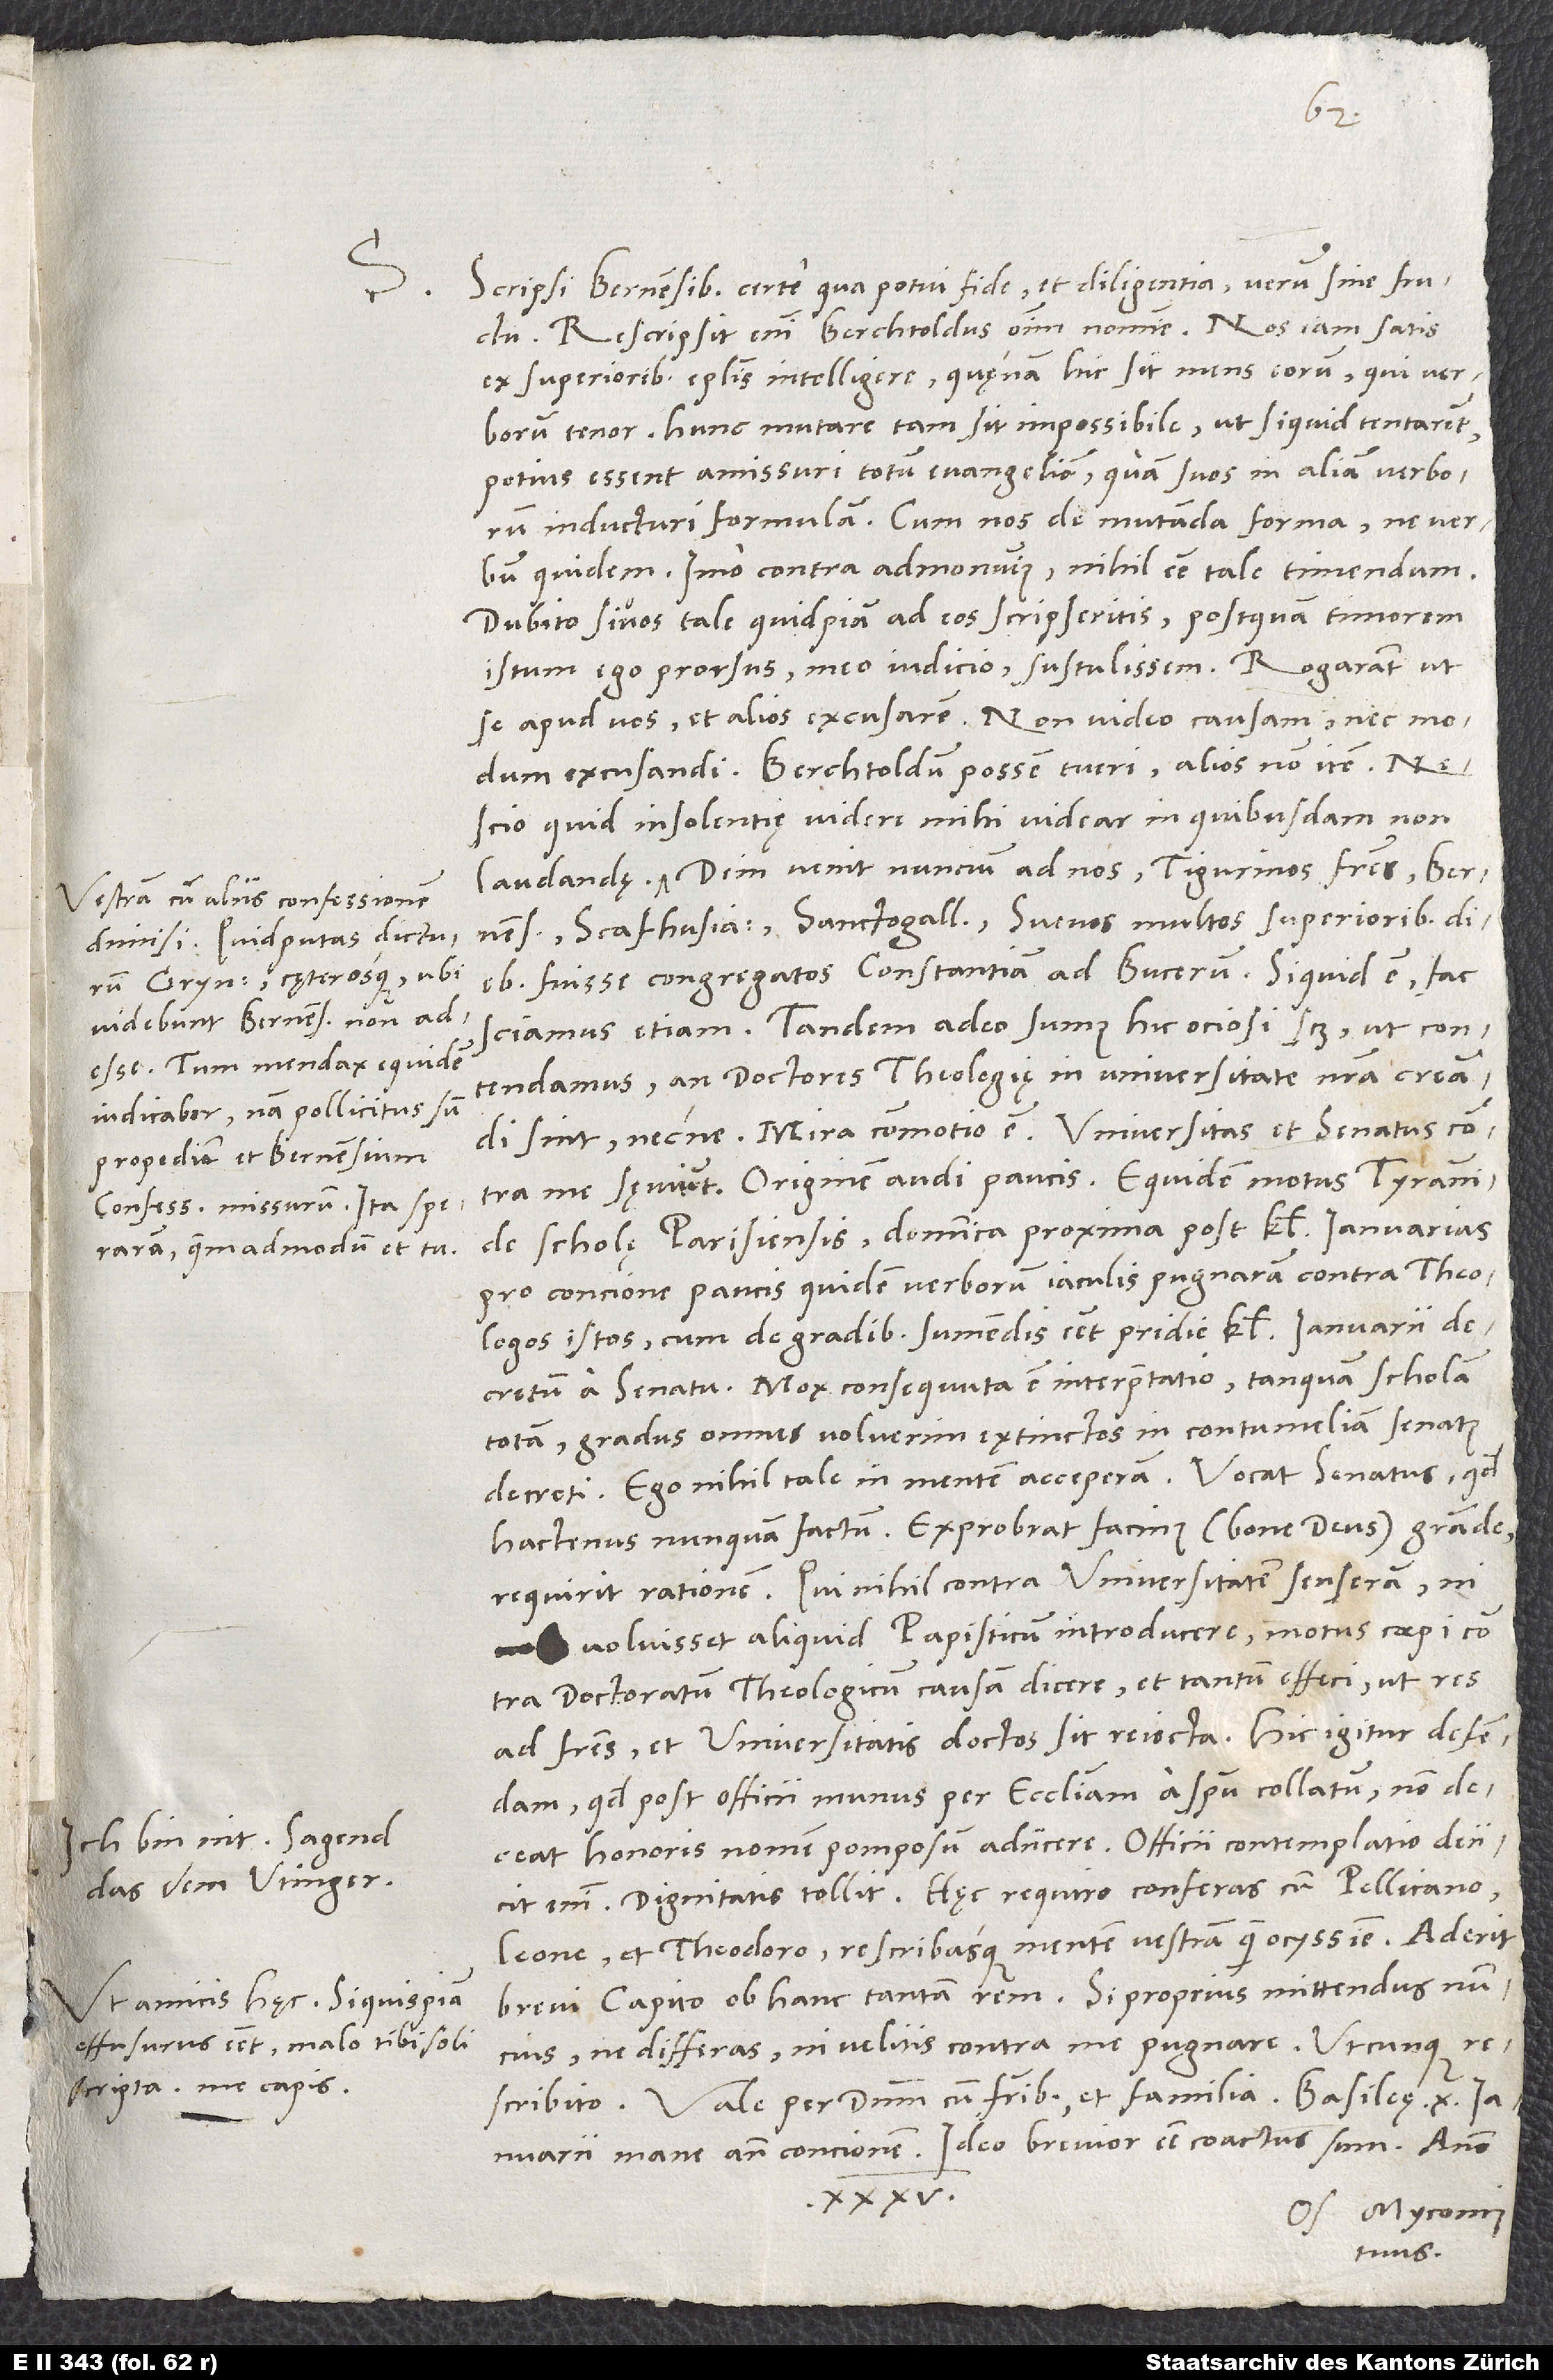
S. Scripsi Bernensibus certe qua potui fide et diligentia, verum sine fructu.
Rescripsit enim Berchtoldus omnium nomine nos iam satis
ex superioribus epistolis intelligere, quęnam hic sit mens eorum, qui verborum
tenor. Hunc mutare tam sit impossibile, ut si quid tentarent,
potius essent amissuri totum euangelion quam suos in aliam verborum
inducturi formulam. Cum nos de mutanda forma ne verbum
quidem, imo contra admonuimus nihil esse tale timendum,
dubito, si vos tale quidpiam ad eos scripseritis, postquam timorem
istum ego prorsus meo iudicio sustulissem. Rogarant, ut
se apud vos et alios excusarem. Non video causam nec modum
excusandi. Berchtoldum possem tueri, alios non item.
Nescio, quid insolentię videre mihi videar in quibusdam non
Dein venit nuncium ad nos, Tigurinos fratres, Bernenses,
Vestram cum aliis confessionem
Scafhusianos, Sanctogallenses, Svevos multos superioribus
dimisi. Quid putas dicturum
diebus fuisse congregatos Constantiam ad Bucerum. Si quid est, fac
Grynęum cęterosque, ubi
videbunt Bernenses non
Tandem adeo sumus hic ociosi, scilicet, ut contendamus,
adesse? Tum mendax equidem
an doctores theologię in universitate nostra creandi
iudicabor, nam pollicitus sum
sint necne. Mira commotio est; universitas et senatus contra
propediem et Bernensium
me sęviunt. Originem audi paucis: Equidem motus tyrannide
confessionem missurum; ita speraram
scholę Parisiensis dominica proxima post kalendas ianuarias
quemadmodum et tu.
pro concione paucis quidem verborum iaculis pugnaram contra theologos
istos, cum de gradibus sumendis esset pridie kalendas ianuarii
decretum a senatu. Mox consequuta est interpretatio, tanquam scholam
totam, gradus omnes voluerim extinctos in contumeliam senatus
decreti. Ego nihil tale in mentem acceperam. Vocat senatus, quod
hactenus nunquam factum, exprobrat facinus (bone deus) grande,
requirit rationem. Qui nihil contra universitatem senseram, ni
voluisset aliquid papisticum introducere, motus coepi contra
doctoratum theologicum causam dicere et tantum effeci, ut res
ad fratres et universitatis doctos sit reiecta. Hic igitur defendam,
quod post officii munus per ecclesiam a spiritu collatum non deceat
Ich bin nit. Sagend
das dem Utinger.
enim, dignitatis tollit. Haec, requiro, conferas cum Pellicano,
Leone et Theodoro rescribasque mentem vestram quam ocyssime. Aderit
Ut amicis haec. Si quispiam
effusurus esset, malo tibi soli
nuncius, ne differas, ni velitis contra me pugnare. Utcunque
scripta. Me capis.
Vale per dominum cum fratribus et familia.
ianuarii mane ante concionem - ideo brevior esse coactus sum - anno
35.
O. Myconius
tuus.